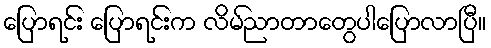
ပြောရင်း ပြောရင်းက လိမ်ညာတာတွေပါပြောလာပြီ။